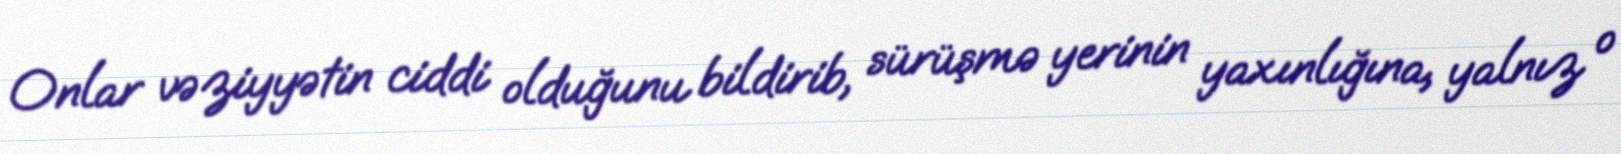
Onlar vəziyyətin ciddi olduğunu bildirib, sürüşmə yerinin yaxınlığına, yalnız o